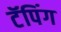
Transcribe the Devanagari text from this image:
टॅपिंग